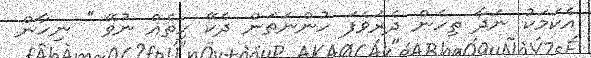
އެކަމަކު ނަދާ ތިހެން ދެރަވެފަ ހުންނަތަން ދެކޭ ހިތެއް ނުވޭ '' ނިހާން